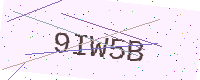
Text: 9IW5B